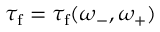
\tau _ { \mathrm { f } } = \tau _ { \mathrm { f } } ( \omega _ { - } , \omega _ { + } )